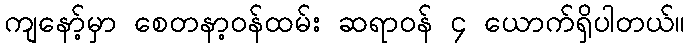
ကျနော့်မှာ စေတနာ့ဝန်ထမ်း ဆရာဝန် ၄ ယောက်ရှိပါတယ်။